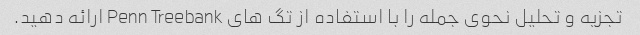
تجزیه و تحلیل نحوی جمله را با استفاده از تگ های Penn Treebank ارائه دهید.